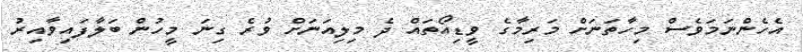
އެހެންނަމަވެސް މިހާތަނަށް މަރިމާގެ ވީޑިއޯތައް ދެ މިލިއަނަށް ވުރެ ގިނަ މީހުން ބަލާފައިވާއިރު